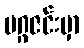
မဂ္ဂဇင်းမှာ